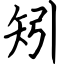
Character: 矧